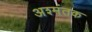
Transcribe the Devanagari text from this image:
अश्मंतक